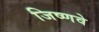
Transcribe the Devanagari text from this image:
जिष्णवे